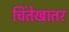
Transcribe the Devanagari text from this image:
चिंतेखातर